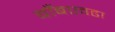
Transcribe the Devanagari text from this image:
बाँबएवढा